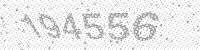
Solution: 194556